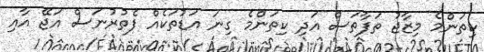
ކިތަންމެ މިޒާޖު ތަފާތަސް އަދި ކިތަންމެ ގިނަ އަޑުތަކެއް ފެތުރުނަސް އަޖޭ އާއި